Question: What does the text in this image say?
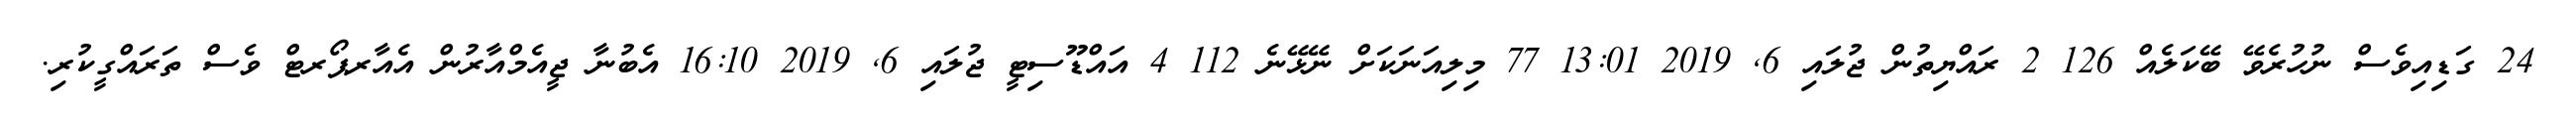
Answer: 24 ގަޑިއިވެސް ނުހުރެވޭ ބޭކަލެއް 126 2 ރައްޔިތުން ޖުލައި 6, 2019 13:01 77 މިލިއަނަކަށް ނޭޅޭނެ 112 4 އައްޑޫސިޓީ ޖުލައި 6, 2019 16:10 އެބުނާ ޖީއެމްއާރުން އެއާރޕޯރޓް ވެސް ތަރައްގީކުރި.